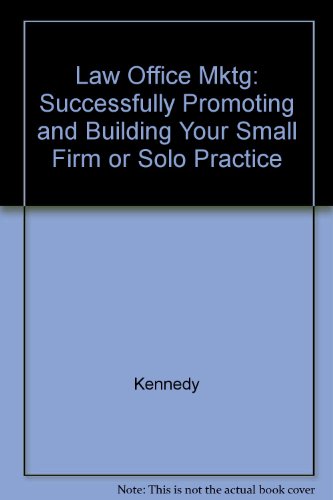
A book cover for Law Firm Marketing: Successfully Promoting and Building Your Small Firm or Solo Practice; Daniel B. Kennedy; Law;